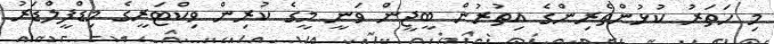
މި ހަތަރު ކުޅުންތެރިންގެ އިތުރުން ބީޖީން ވަނީ މީގެ ކުރިން ވިކްޓަރީގެ މިޑްފީލްޑަރު